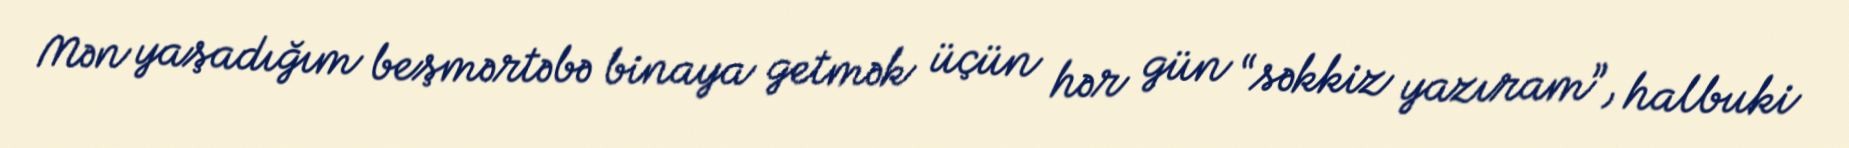
Mən yaşadığım beşmərtəbə binaya getmək üçün hər gün “səkkiz yazıram”, halbuki